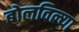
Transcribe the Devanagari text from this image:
बोलविल्या